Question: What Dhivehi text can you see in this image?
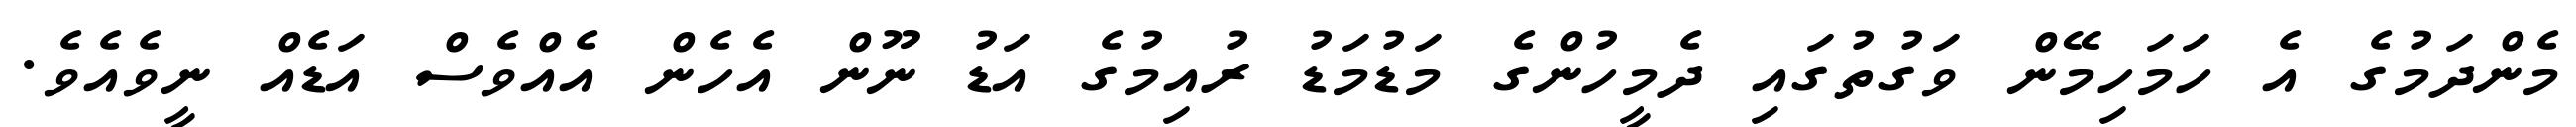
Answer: މެންދަމުގެ އެ ހަމަހިމޭން ވަގުތުގައި ދެމީހުންގެ މަޑުމަޑު ރުއިމުގެ އަޑު ނޫން އެހެން އެއްވެސް އަޑެއް ނީވެއެވެ.